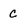
Character: C